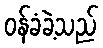
ဝန်ခံခဲ့သည်